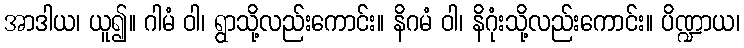
အာဒါယ၊ ယူ၍။ ဂါမံ ဝါ၊ ရွာသို့လည်းကောင်း။ နိဂမံ ဝါ၊ နိဂုံးသို့လည်းကောင်း။ ပိဏ္ဍာယ၊